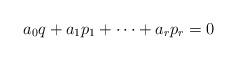
LaTeX: \begin{align*}a_0 q+a_1 p_1+\cdots+a_r p_r=0\end{align*}